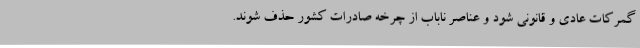
گمرکات عادی و قانونی شود و عناصر ناباب از چرخه صادرات کشور حذف شوند.